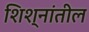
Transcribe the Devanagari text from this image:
शिश्नांतील